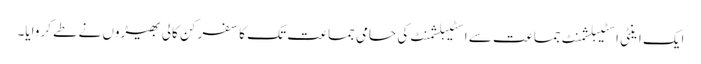
ایک اینٹی اسٹیبلشمنٹ جماعت سے اسٹیبلشمنٹ کی حامی جماعت تک کا سفر کن کالی بھیڑوں نے طے کروایا۔